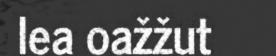
lea oažžut